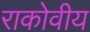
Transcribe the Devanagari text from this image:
राकोवीय